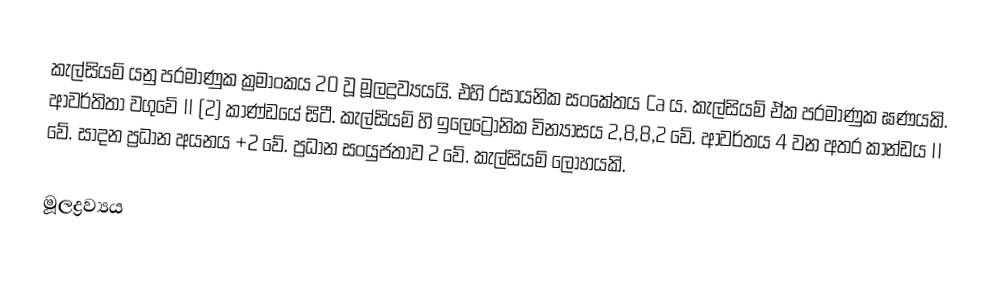
කැල්සියම් යනු පරමාණුක ක්‍රමාංකය 20 වූ මූලද්‍රව්‍යයයි. එහි රසායනික සංකේතය Ca ය. කැල්සියම් ඒක පරමාණුක ඝණයකි. ආවර්තිතා වගුවේ II (2) කාණ්‍ඩයේ සිටී. කැල්සියම් හි ඉලෙට්‍රොනික වින්‍යාසය 2,8,8,2 වේ. ආවර්තය 4 වන අතර කාන්ඩය II වේ. සාදන ප්‍රධාන අයනය +2 වේ. ප්‍රධාන සංයුජතාව 2 වේ. කැල්සියම් ලෝහයකි.

මූලද්‍රව්‍යය